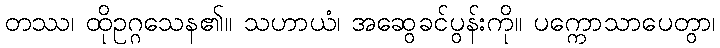
တဿ၊ ထိုဥဂ္ဂသေန၏။ သဟာယံ၊ အဆွေခင်ပွန်းကို။ ပက္ကောသာပေတွာ၊